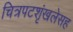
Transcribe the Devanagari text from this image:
चित्रपटशृंखलेसह